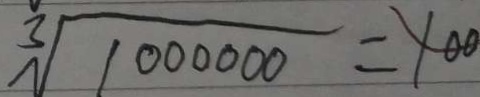
\sqrt [ 3 ] { 1 0 0 0 0 0 0 } = 1 0 0